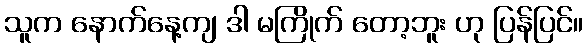
သူက နောက်နေ့ကျ ဒါ မကြိုက် တော့ဘူး ဟု ပြန်ပြင်။